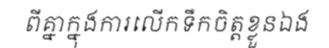
ពីគ្នាក្នុងការលើកទឹកចិត្តខ្លួនឯង